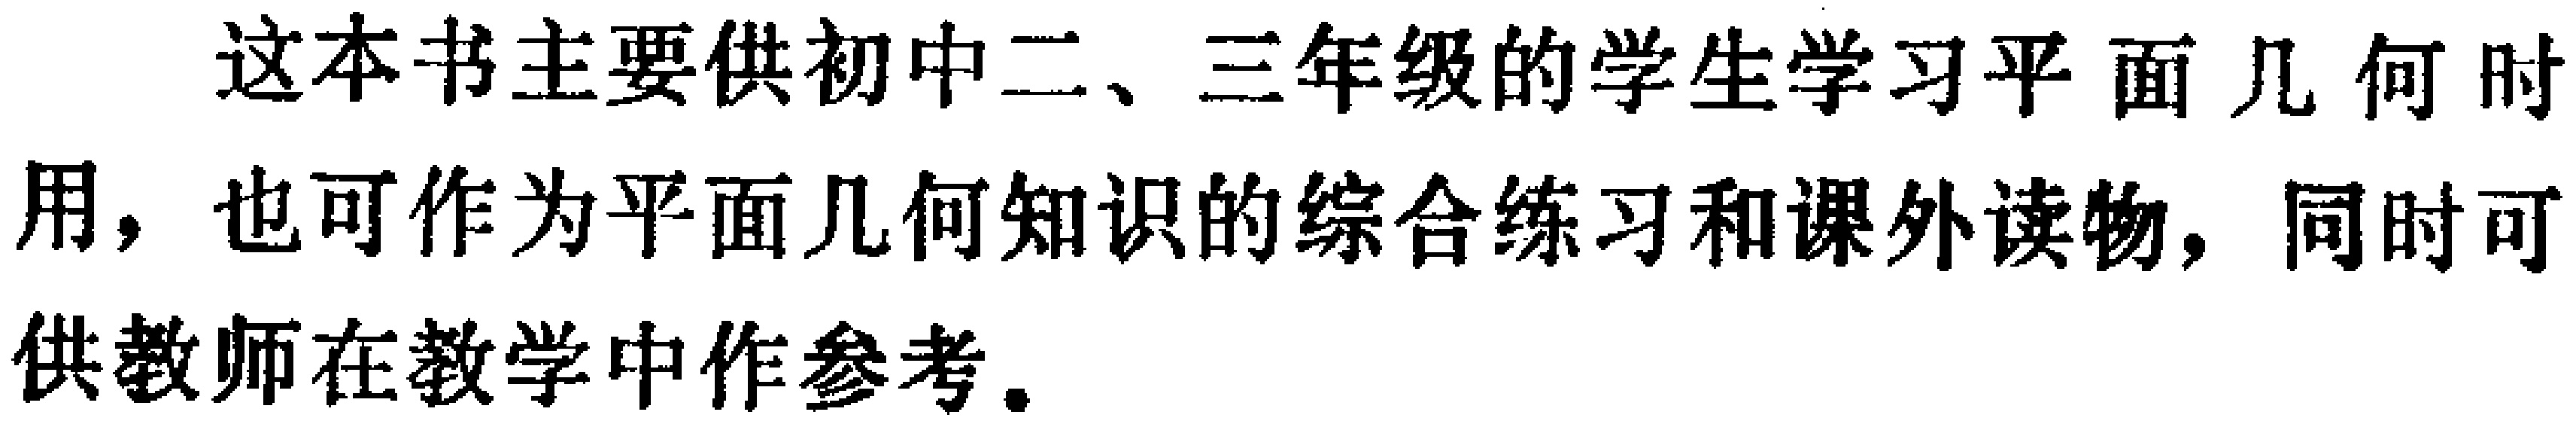
这本书主要供初中二、三年级的学生学习平面几何时用，也可作为平面几何知识的综合练习和课外读物，同时可供教师在教学中作参考。